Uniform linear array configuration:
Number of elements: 8
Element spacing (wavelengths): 0.5
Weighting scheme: uniform
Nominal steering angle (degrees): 0
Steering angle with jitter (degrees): -0.7009
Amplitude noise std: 0.05
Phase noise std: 0.05

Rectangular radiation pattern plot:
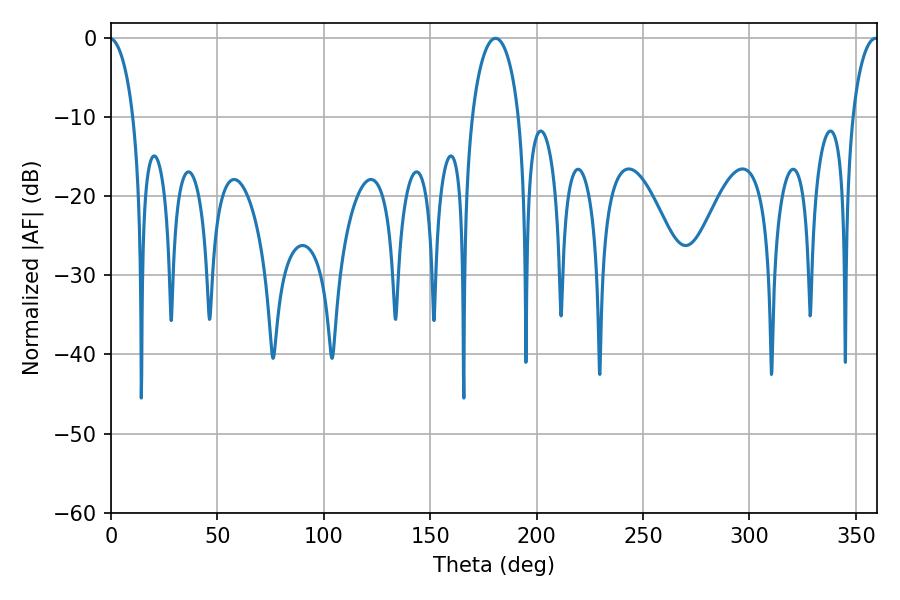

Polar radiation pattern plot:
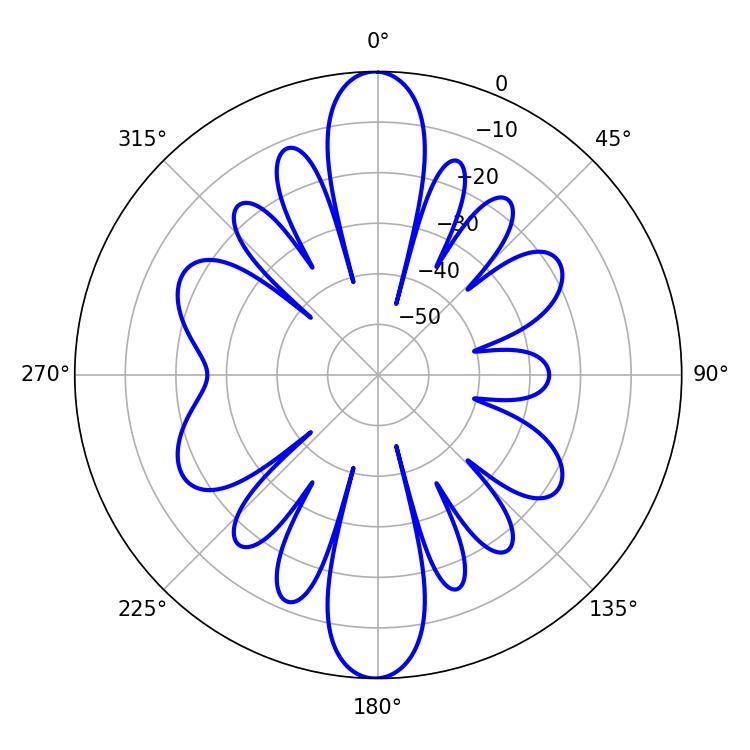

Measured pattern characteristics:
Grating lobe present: FALSE
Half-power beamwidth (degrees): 12.78
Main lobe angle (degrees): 180.72